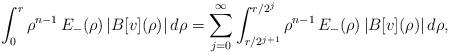
LaTeX: \begin{align*} \int_0^r \rho^{n-1}\,E_-(\rho)\,|B[v](\rho)|\,d\rho=\sum_{j=0}^\infty \int_{r/2^{j+1}}^{r/2^j} \rho^{n-1}\,E_-(\rho)\,|B[v](\rho)|\,d\rho, \end{align*}